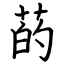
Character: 菂